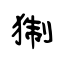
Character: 猘